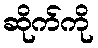
ဆိုက်ကို